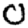
Digit: 0